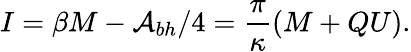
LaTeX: I=\beta M-{\cal A}_{bh}/4=\frac{\pi}{\kappa}(M+QU).